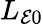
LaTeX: L_{\mathcal{E}0}